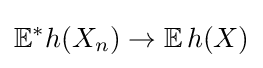
\mathbb {E} ^{*}h(X_{n})\to \mathbb {E} \,h(X)